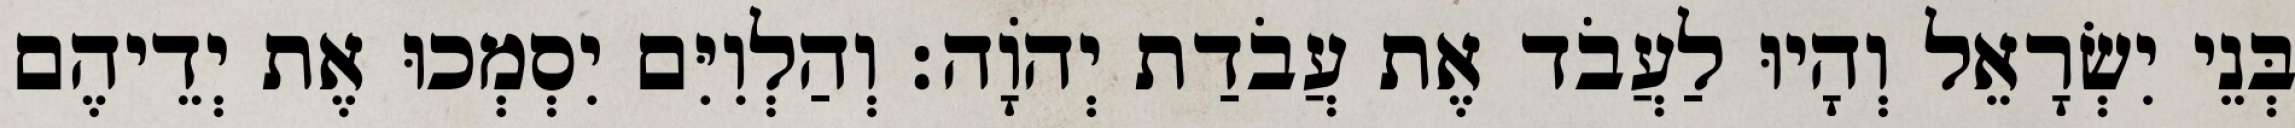
בְּנֵי יִשְׂרָאֵל וְהָיוּ לַעֲבֹד אֶת עֲבֹדַת יְהוָֹה׃ וְהַלְוִיִּם יִסְמְכוּ אֶת יְדֵיהֶם